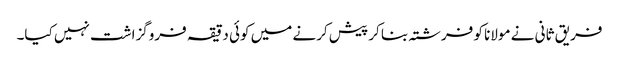
فریق ثانی نے مولانا کو فرشتہ بنا کر پیش کرنے میں کوئی دقیقہ فروگزاشت نہیں کیا۔